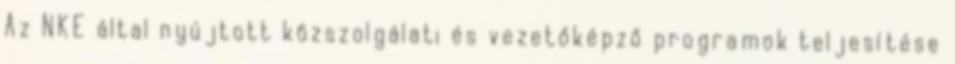
Az NKE által nyújtott közszolgálati és vezetőképző programok teljesítése